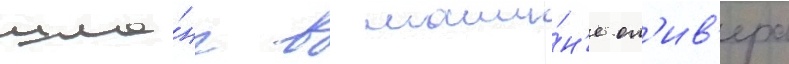
шла́нг в маши́н'е ол'ив'ера